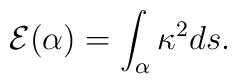
{\cal E}(\alpha)=\int_{\alpha}\kappa^2ds.